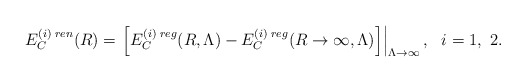
\begin{align*}E_C^{(i)\;ren}(R)=\left.\left[E_C^{(i)\;reg}(R,\Lambda)-E_C^{(i)\;reg}(R\to\infty,\Lambda)\right]\right|_{\Lambda\to\infty},~~i=1,~2.\end{align*}